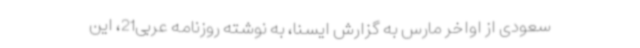
سعودی از اواخر مارس به گزارش ایسنا، به نوشته روزنامه عربی21، این